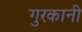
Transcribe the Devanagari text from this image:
गुरकानी